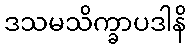
ဒသမသိက္ခာပဒါနိ